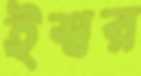
ইশ্বর